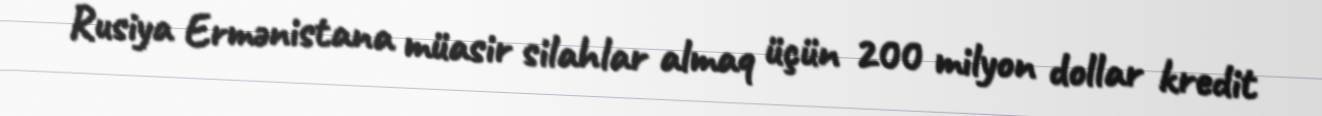
Rusiya Ermənistana müasir silahlar almaq üçün 200 milyon dollar kredit